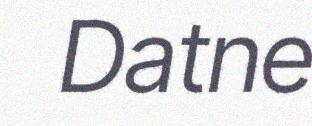
Datne